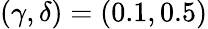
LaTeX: (\gamma,\delta)=(0.1,0.5)